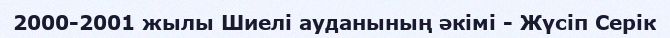
2000-2001 жылы Шиелі ауданының әкімі - Жүсіп Серік